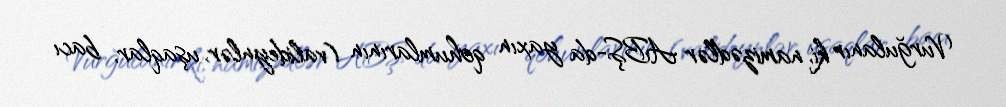
Vurğulanır ki, namizədlər ABŞ-da yaxın qohumlarının (valideynlər, uşaqlar, bacı